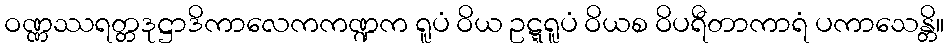
ဝဏ္ဏဿရတ္တဒုဋ္ဌာဒိကာလေကကဏ္ဍက ရူပံ ဝိယ ဥဋ္ဋရူပံ ဝိယစ ဝိပရီတာကာရံ ပကာသေန္တိ။